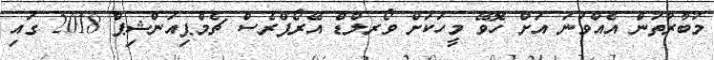
މުބާރާތުން އެއްވަނަ އަށް ހޮވޭ މީހަކަށް ވޯރލްޑް އޭރޯޕްރެސް ޗެމްޕިއަންޝިޕް 2018 ގައި